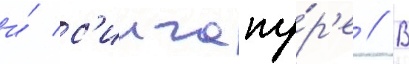
и́ с'ингапу́р'е // В